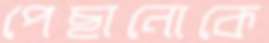
পেছানোকে